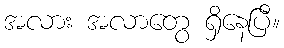
အလား အလာတွေ ရှိနေပြီ။